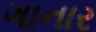
ગાનાર